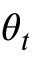
\theta _ { t }